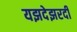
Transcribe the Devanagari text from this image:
यझदेझरदी